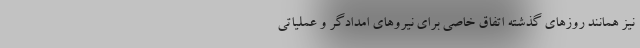
نیز همانند روزهای گذشته اتفاق خاصی برای نیروهای امدادگر و عملیاتی